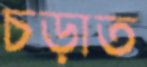
চড়াত